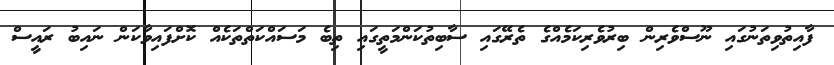
ފާއިތުވިތަނުގައި ނޫސްވެރިން ބިރުވެރިކަމެއްގެ ތެރޭގައި ސާބިތުކަންމަތީގައި ތިބެ މަސައްކަތްތަކެއް ކޮށްފައިވާކަން ނައިބު ރައީސް